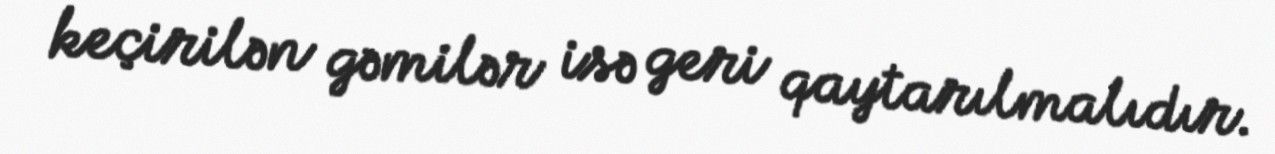
keçirilən gəmilər isə geri qaytarılmalıdır.